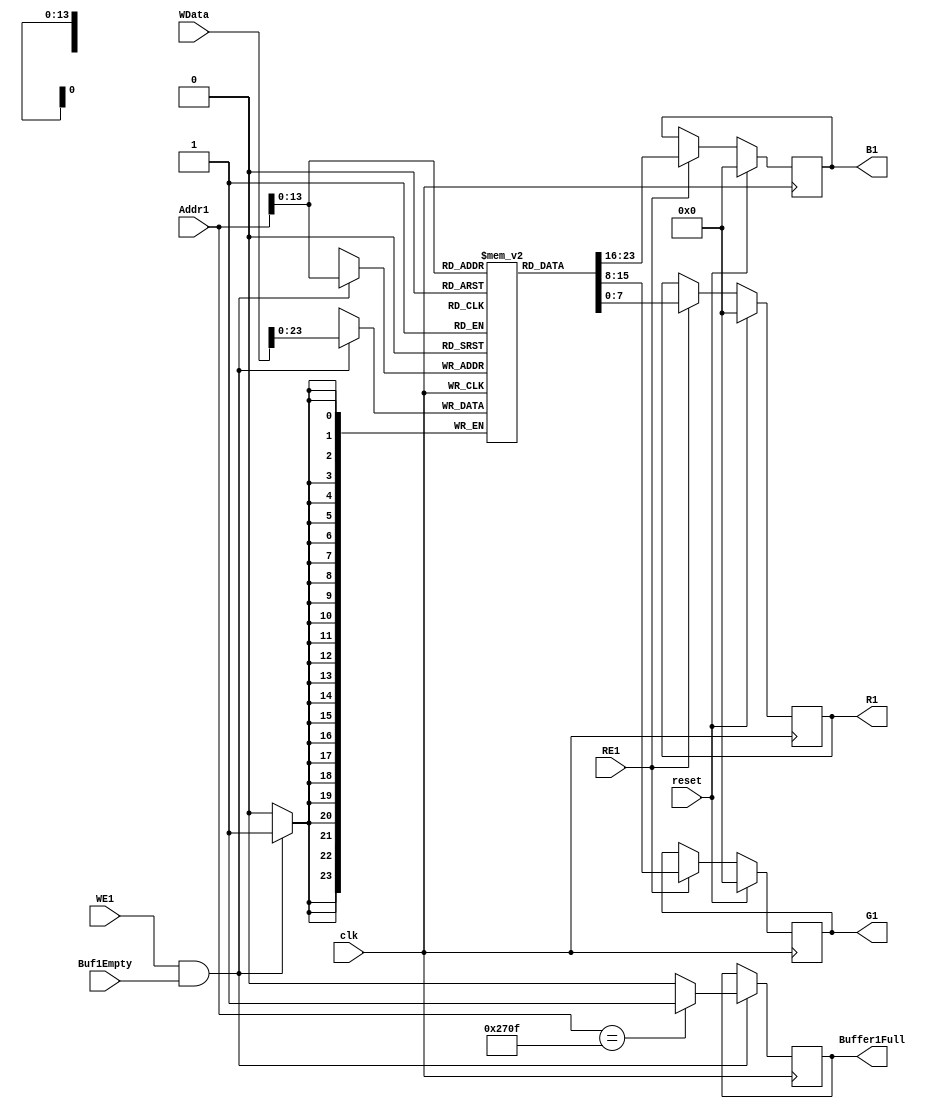
`timescale 1fs/1fs
module Buf1(R1,B1,G1,RE1,WE1,Addr1,WData, clk, reset, Buffer1Full, Buf1Empty);
  //inputs
  input RE1,WE1, clk, reset, Buf1Empty;
  input [19:0]Addr1;
  input [31:0] WData;

  wire RE1,WE1, clk, reset, Buf1Empty;
  wire [19:0]Addr1;
  wire [31:0] WData;

  //outputs
  output [7:0]R1;
  output [7:0]B1;
  output [7:0]G1;
  output Buffer1Full;

  reg [7:0]R1;
  reg [7:0]B1;
  reg [7:0]G1;
  reg [23:0] buff1[9999:0];
  reg [23:0]result;
  reg Buffer1Full;

  // Writing data into buffer
  always @ (posedge clk)
    begin
        if(WE1 == 1 && Buf1Empty == 1) begin
            buff1[Addr1] = WData[23:0];
            if(Addr1 == 9999)begin
              Buffer1Full = 1; //buffer filled
            end
            else begin
              Buffer1Full = 0;
            end
        end
  end

  //Reading data from buffer
  always @ (posedge clk)
    begin
    if(reset == 1) begin
        G1 = 0;
        B1 = 0;
        R1 = 0;
    end
    else if(RE1 == 1) begin
        result = buff1[Addr1];
        R1 = result[7:0];
        G1 = result[15:8];
        B1 = result[23:16];
      end
  end
endmodule